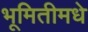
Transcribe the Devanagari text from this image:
भूमितीमधे